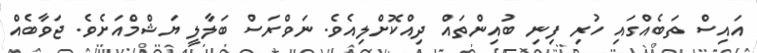
އައިސް ތަބެއްގައި ހުރި ފިނި ބުއިންތައް ދިއްކޮށްލިއެވެ. ނަވްރަސް ބަލާލީ ޔަޝްމްއަށެވެ. ޖަވާބެއް